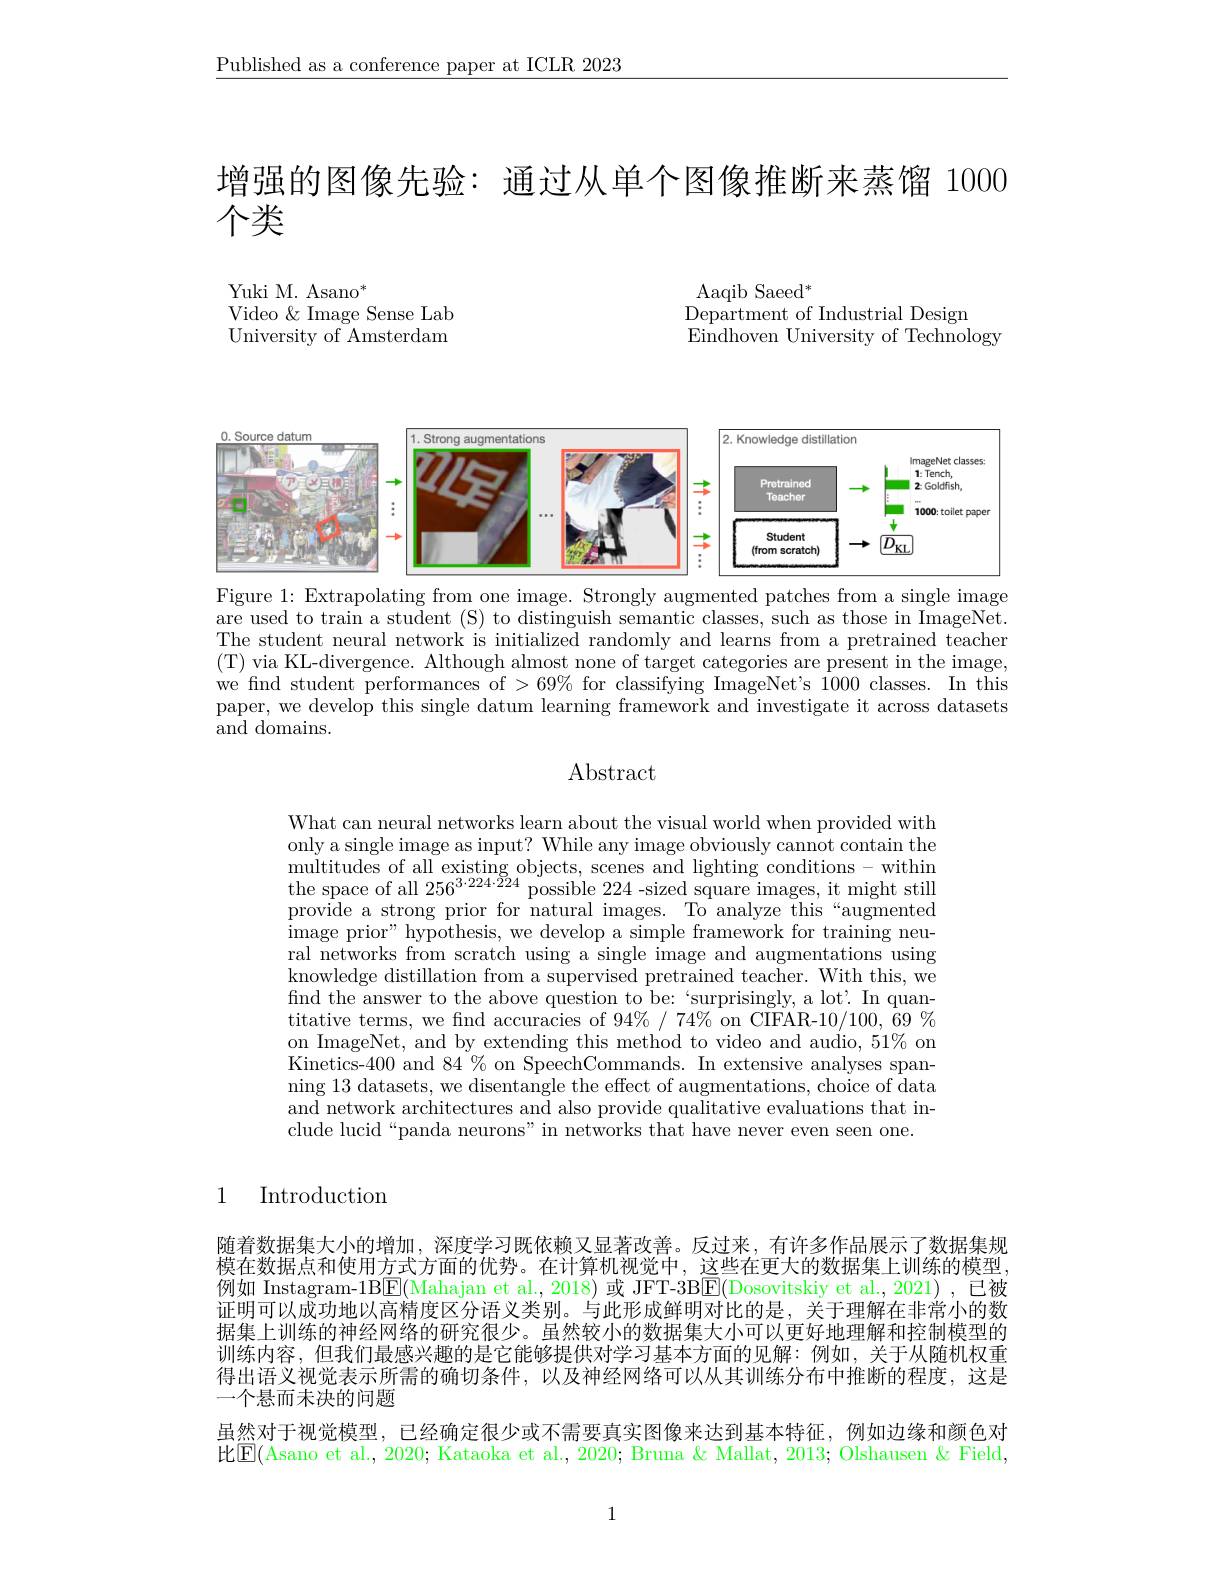
$\underline{\text{Published as a conferenc}}$

增强的图像先验：通过从单个图像推断来蒸馏 1000
个类

Yuki M. Asano$^*$
Video & Image Sense Lab University of Amsterdam

Aaqib Saeed$^*$
Department of Industrial Des
Eindhoven University of Tech

<FigureHere>

Figure 1: Extrapolating from

are used to train a student The student neural network i (T) via KL-divergence. Altho we find student performances paper, we develop this singl and domains.

### Abstract

What can neural networks lea only a single image as input? While any image obviously cannot contain the $\begin{array}{ll}\text{multitudes of all existing objects, scenes and lighting conditions- within}\\\text{the space of all 256}^{3\cdot224\cdot224}\text{ possible 224-sized square images, it might still}\end{array}$ provide a strong prior for natural images. To analyze this“augmented image prior" hypothesis, we develop a simple framework for training neural networks from scratch using a single image and augmentations using knowledge distillation from a supervised pretrained teacher. With this, we find the answer to the above question to be: ‘surprisingly, a lot’. In quantitative terms, we find accuracies of $94\%/74\%$ on CIFAR-10/100, 69% on ImageNet, and by extending this method to video and audio, 51% on Kinetics-400 and 84% on SpeechCommands. In extensive analyses spanning 13 datasets, we disentangle the effect of augmentations, choice of data and network architectures and also provide qualitative evaluations that include lucid“panda neurons”in networks that have never even seen one.

1

Introduction

随着数据集大小的增加，深度学习既依赖又显著改善。反过来，有许多作品展示了数据集规模在数据点和使用方式方面的优势。在计算机视觉中，这些在更大的数据集上训练的模型， 例如 Instagram-1B$\boxed{\mathrm{E}}($Mahajan et al.,2018) 或 JFT-3B$\boxed{\mathrm{E}}($Dosovitskiy et al.,2021) ,已被证明可以成功地以高精度区分语义类别。与此形成鲜明对比的是，关于理解在非常小的数据集上训练的神经网络的研究很少。虽然较小的数据集大小可以更好地理解和控制模型的训练内容，但我们最感兴趣的是它能够提供对学习基本方面的见解：例如，关于从随机权重得出语义视觉表示所需的确切条件，以及神经网络可以从其训练分布中推断的程度，这是一个悬而未决的问题
虽然对于视觉模型，已经确定很少或不需要真实图像来达到基本特征，例如边缘和颜色对

比$\boxed{\mathrm{F}}($Asano et al., 2020; Kataoka et al., 2020; Bruna & Mallat, 2013; Olshausen & Field,

1